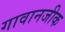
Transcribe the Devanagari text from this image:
गावानजीक